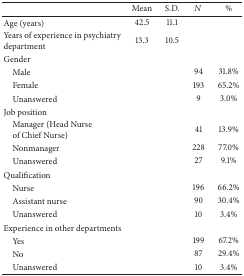
|  | Mean | S.D. | N | % |
 | --- | --- | --- | --- | --- |
 | Age (years) | 42.5 | 11.1 |  |  |
 | Years of experience in psychiatry department | 13.3 | 10.5 |  |  |
 | Gender |  |  |  |  |
 | Male |  |  | 94 | 31.8% |
 | Female |  |  | 193 | 65.2% |
 | Unanswered |  |  | 9 | 3.0% |
 | Job position |  |  |  |  |
 | Manager (Head Nurse of Chief Nurse) |  |  | 41 | 13.9% |
 | Nonmanager |  |  | 228 | 77.0% |
 | Unanswered |  |  | 27 | 9.1% |
 | Qualification |  |  |  |  |
 | Nurse |  |  | 196 | 66.2% |
 | Assistant nurse |  |  | 90 | 30.4% |
 | Unanswered |  |  | 10 | 3.4% |
 | Experience in other departments |  |  |  |  |
 | Yes |  |  | 199 | 67.2% |
 | No |  |  | 87 | 29.4% |
 | Unanswered |  |  | 10 | 3.4% |